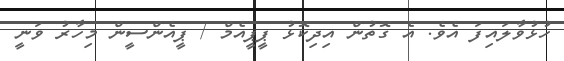
ހުޅުވާލައިފަ އެވެ. އެ ގޮތުން އިދިކޮޅު ޕީޕީއެމް / ޕީއެންސީން މިހާރު ވަނީ